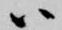
ハ